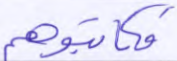
فكاتبوهم